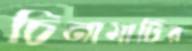
চিনামাটির